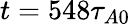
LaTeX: t=548\tau_{A0}